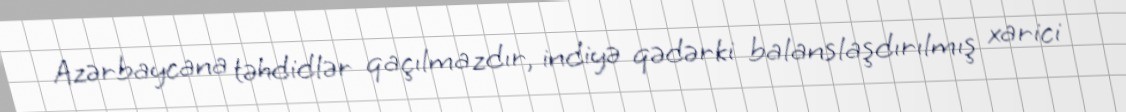
Azərbaycana təhdidlər qaçılmazdır, indiyə qədərki balanslaşdırılmış xarici